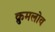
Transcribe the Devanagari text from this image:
क्रुमलोव